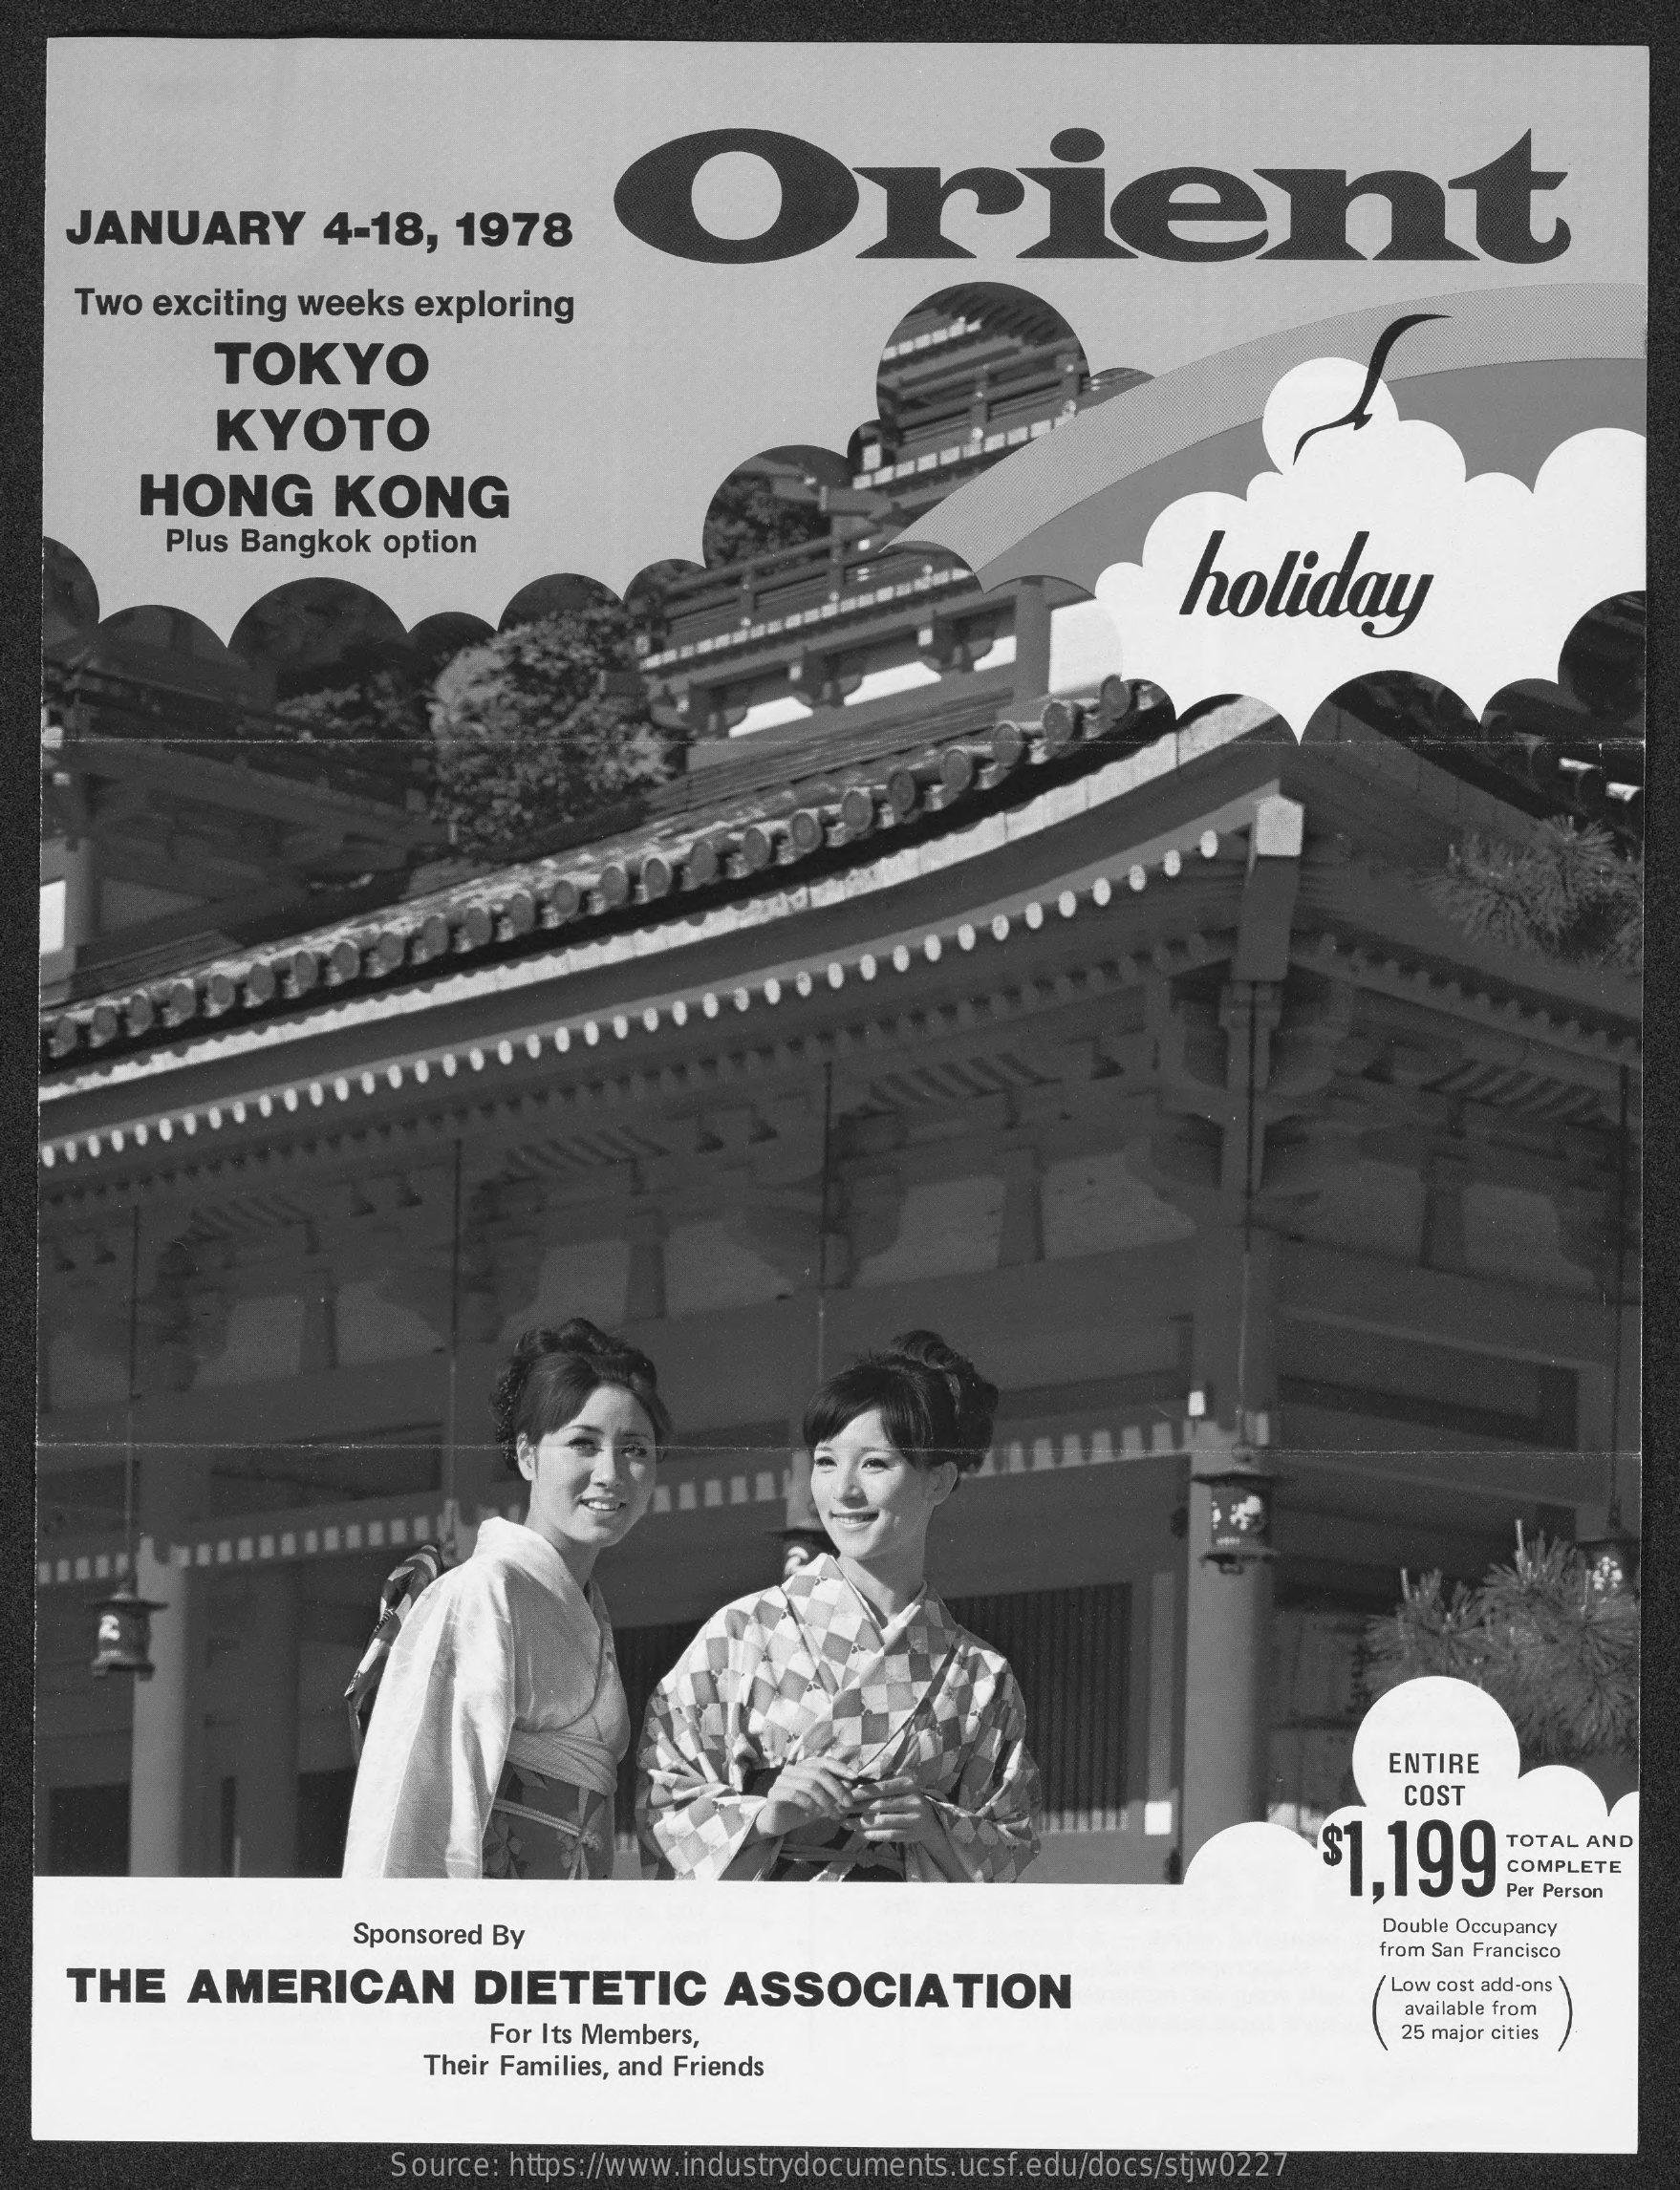
Orient
     JANUARY    4-18,    1978
     Two  exciting  weeks  exploring
     TOKYO
     KYOTO
     HONG    KONG
     Plus Bangkok  option
     holiday
     ENTIRE
     COST
     $1.199
     TOTAL AND
     COMPLETE
     Per Person
     Sponsored By
     Double Occupancy
     from San Francisco
     THE    AMERICAN    DIETETIC    ASSOCIATION    Low cost add-ons
     available from
     For Its Members,    25 major cities
     Their Families, and Friends
     Source: https://www.industrydocuments.ucsf.edu/docs/stjw0227